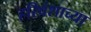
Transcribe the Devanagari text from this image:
हरिवंशाच्या